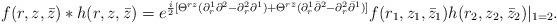
LaTeX: \begin{align*}f(r,z,{\bar z})*h(r,z,{\bar z})=e^{{i\over2}[\Theta^{rz}(\partial_r^1\partial^2 - \partial_r^2\partial^1)+\Theta^{r{\bar z}}(\partial_r^1{\bar\partial}^2 - \partial_r^2{\bar\partial}^1)]}f(r_1,z_1,{\bar z}_1)h(r_2,z_2,{\bar z}_2)|_{1=2}.\end{align*}